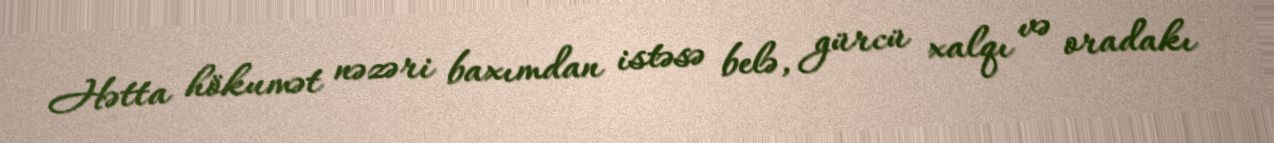
Hətta hökumət nəzəri baxımdan istəsə belə, gürcü xalqı və oradakı